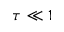
\tau \ll 1